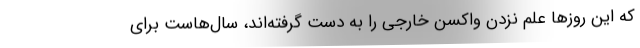
که این روزها علم نزدن واکسن خارجی را به دست گرفته‌اند، سال‌‌هاست برای